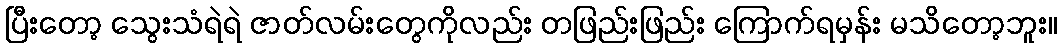
ပြီးတော့ သွေးသံရဲရဲ ဇာတ်လမ်းတွေကိုလည်း တဖြည်းဖြည်း ကြောက်ရမှန်း မသိတော့ဘူး။